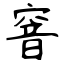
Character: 窨